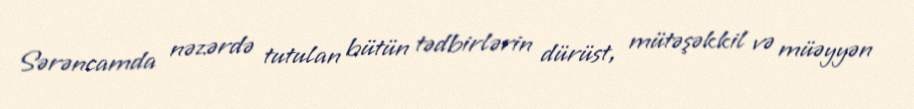
Sərəncamda nəzərdə tutulan bütün tədbirlərin dürüst, mütəşəkkil və müəyyən